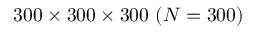
3 0 0 \times 3 0 0 \times 3 0 0 ~ ( N = 3 0 0 )